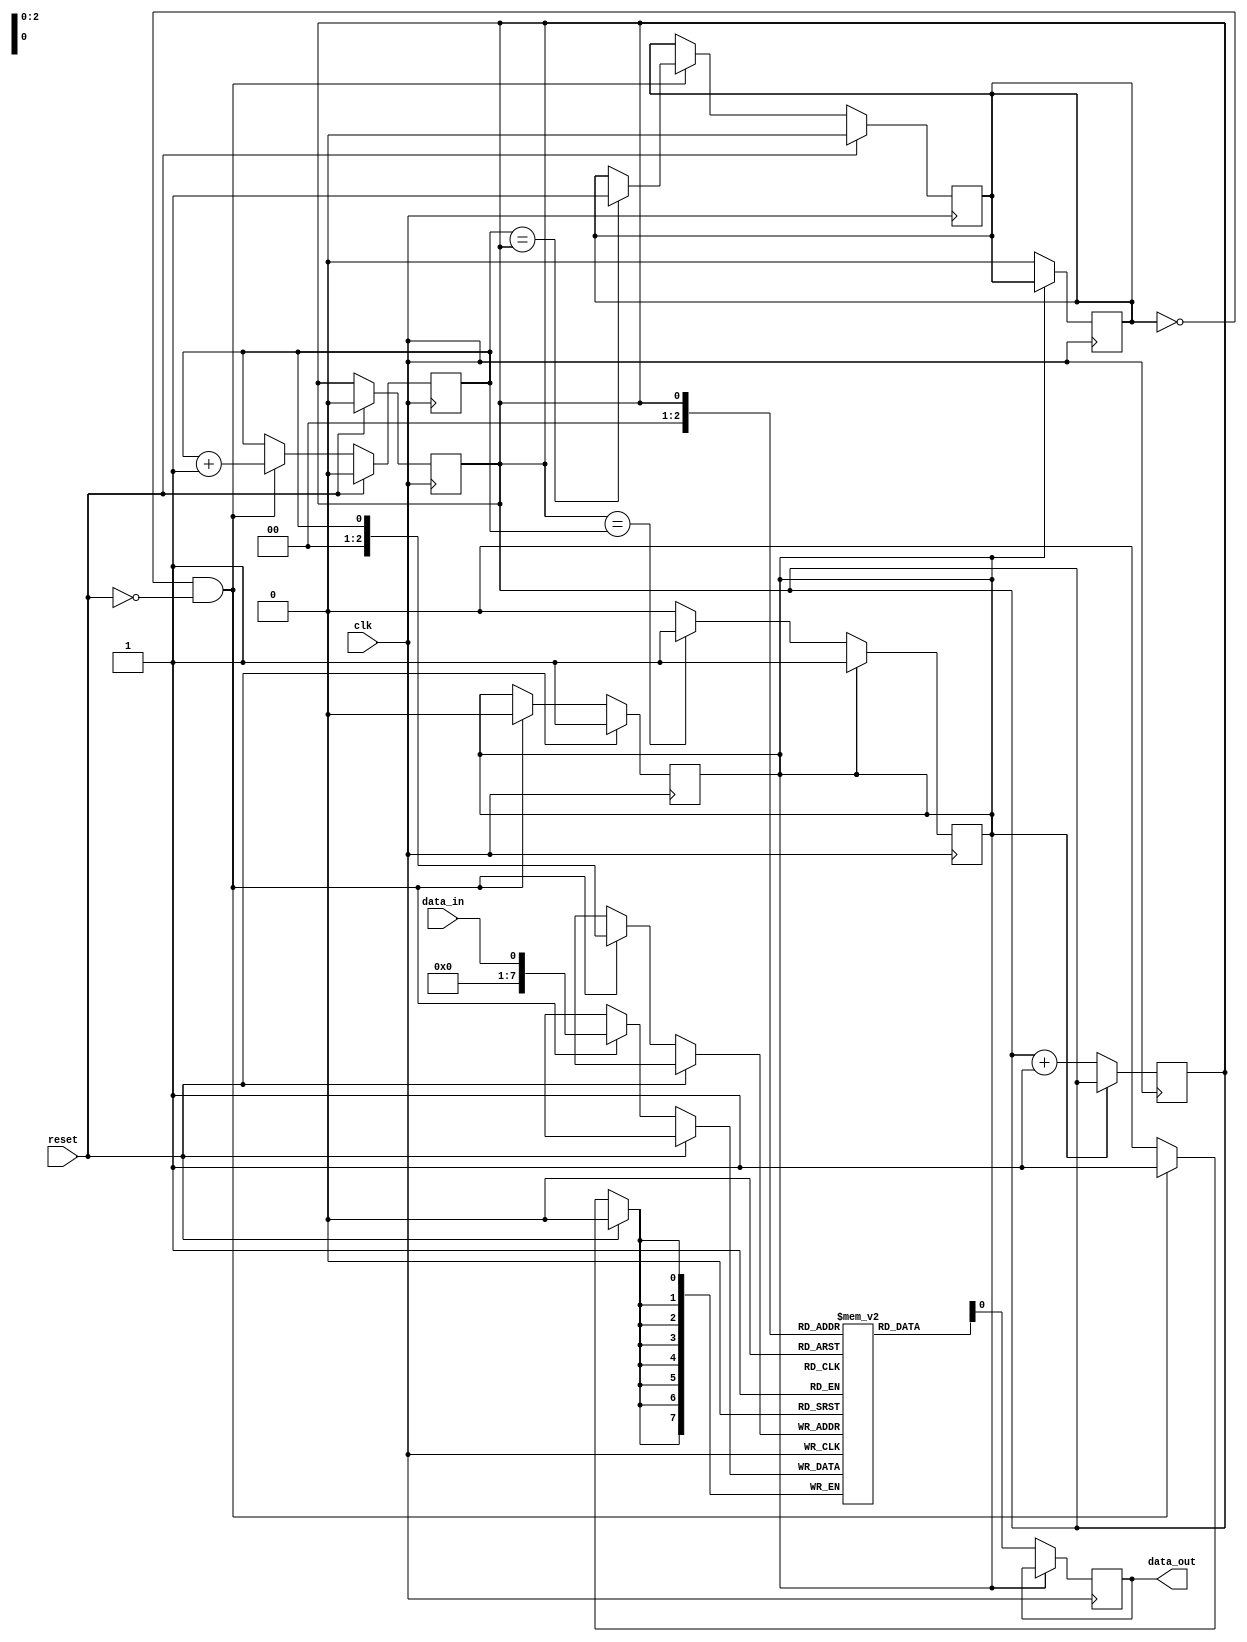
module edge_sensitive_fifo(
    input clk,
    input reset,
    input data_in,
    output reg data_out
);

reg [7:0] buffer [0:7];
reg read_ptr = 0;
reg write_ptr = 0;
reg full = 0;
reg empty = 1;

always @(posedge clk) begin
    if (reset) begin
        read_ptr <= 0;
        write_ptr <= 0;
        full <= 0;
        empty <= 1;
    end else begin
        if (!full && !reset) begin
            buffer[write_ptr] <= data_in;
            write_ptr <= write_ptr + 1;
            if (write_ptr == 7) begin
                write_ptr <= 0;
            end
            if (write_ptr == read_ptr) begin
                full <= 1;
            end
            empty <= 0;
        end
    end
end

always @(negedge clk) begin
    if (!empty) begin
        data_out <= buffer[read_ptr];
        read_ptr <= read_ptr + 1;
        if (read_ptr == 7) begin
            read_ptr <= 0;
        end
        if (read_ptr == write_ptr) begin
            empty <= 1;
        end
        full <= 0;
    end
end

endmodule